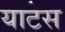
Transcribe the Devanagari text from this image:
याटेस